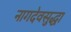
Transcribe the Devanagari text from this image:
नागदेवसुद्धा